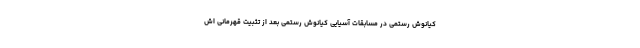
کیانوش رستمی در مسابقات آسیایی کیانوش رستمی بعد از تثبیت قهرمانی اش